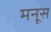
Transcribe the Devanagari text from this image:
मनूस